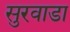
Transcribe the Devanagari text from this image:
सुरवाडा